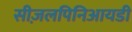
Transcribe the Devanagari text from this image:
सीज़लपिनिआयडी